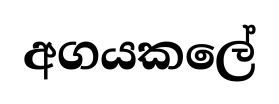
අගයකලේ